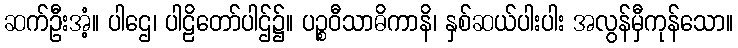
ဆက်ဦးအံ့။ ပါဌေ၊ ပါဠိတော်ပါဌ်၌။ ပဉ္စဝီသာဓိကာနိ၊ နှစ်ဆယ်ပါးပါး အလွန်မှီကုန်သော။